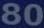
80